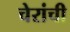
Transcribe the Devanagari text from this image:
चेरांची